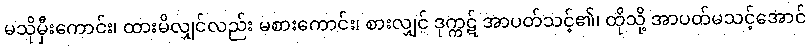
မသိုမှီးကောင်း၊ ထားမိလျှင်လည်း မစားကောင်း၊ စားလျှင် ဒုက္ကဋ် အာပတ်သင့်၏၊ ထိုသို့ အာပတ်မသင့်အောင်